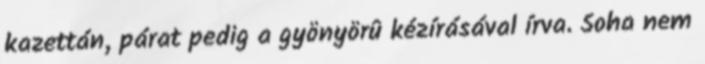
kazettán, párat pedig a gyönyörû kézírásával írva. Soha nem